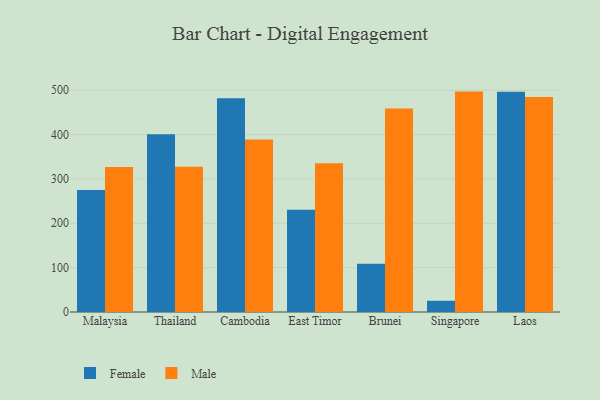
{"axis": {"x": "Country", "y": "Net Income (USD K)"}, "legend": ["Female", "Male"], "data": [{"x": "Malaysia", "y": 274.9, "type": "Female"}, {"x": "Malaysia", "y": 327.0, "type": "Male"}, {"x": "Thailand", "y": 400.5, "type": "Female"}, {"x": "Thailand", "y": 327.4, "type": "Male"}, {"x": "Cambodia", "y": 481.7, "type": "Female"}, {"x": "Cambodia", "y": 388.8, "type": "Male"}, {"x": "East Timor", "y": 230.6, "type": "Female"}, {"x": "East Timor", "y": 335.2, "type": "Male"}, {"x": "Brunei", "y": 108.7, "type": "Female"}, {"x": "Brunei", "y": 458.8, "type": "Male"}, {"x": "Singapore", "y": 25.3, "type": "Female"}, {"x": "Singapore", "y": 496.8, "type": "Male"}, {"x": "Laos", "y": 496.7, "type": "Female"}, {"x": "Laos", "y": 484.5, "type": "Male"}]}